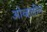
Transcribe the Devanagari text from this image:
ओव्हलीन